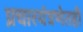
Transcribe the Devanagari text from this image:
प्रचारयंत्रणेतही